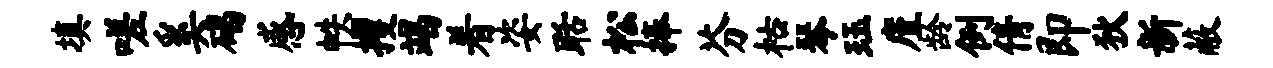
填嗟奚碣感帙攫竭着姿聒松捧芬枯琴珏廑龄例倩即狄新蔽